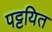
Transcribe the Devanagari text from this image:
पट्टयित